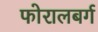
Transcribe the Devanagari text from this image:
फोरालबर्ग